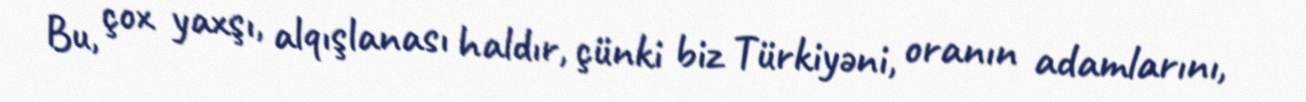
Bu, çox yaxşı, alqışlanası haldır, çünki biz Türkiyəni, oranın adamlarını,